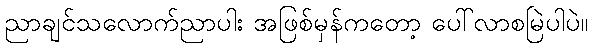
ညာချင်သလောက်ညာပါး အဖြစ်မှန်ကတော့ ပေါ်လာစမြဲပါပဲ။